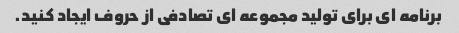
برنامه ای برای تولید مجموعه ای تصادفی از حروف ایجاد کنید.